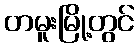
တမူးမြို့တွင်